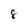
Character: 8